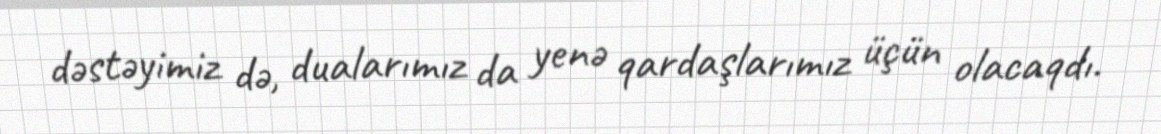
dəstəyimiz də, dualarımız da yenə qardaşlarımız üçün olacaqdı.